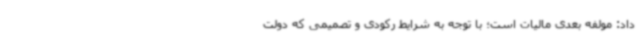
داد: مولفه بعدی مالیات است؛ با توجه به شرایط رکودی و تصمیمی که دولت